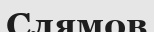
Слямов